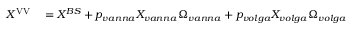
\begin{array} { r l } { X ^ { \mathrm { { V V } } } } & { { } = X ^ { B S } + p _ { v a n n a } X _ { v a n n a } \Omega _ { v a n n a } + p _ { v o l g a } X _ { v o l g a } \Omega _ { v o l g a } } \end{array}